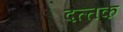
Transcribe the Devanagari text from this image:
दत्‍तक